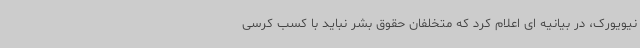
نیویورک، در بیانیه ای اعلام کرد که متخلفان حقوق بشر نباید با کسب کرسی